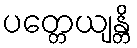
ပတ္တေယျန္တိ